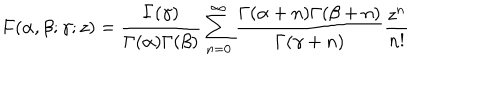
LaTeX: F ( \alpha , \beta ; \gamma ; z ) = \frac { \Gamma ( \gamma ) } { \Gamma ( \alpha ) \Gamma ( \beta ) } \sum _ { n = 0 } ^ { \infty } \frac { \Gamma ( \alpha + n ) \Gamma ( \beta + n ) } { \Gamma ( \gamma + n ) } \frac { z ^ { n } } { n ! }